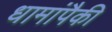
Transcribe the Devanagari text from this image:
धामांपैकी